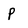
Character: P